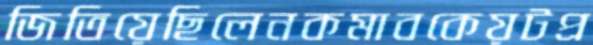
জিতিয়েছিলেনকমাবকেয়টপ্র